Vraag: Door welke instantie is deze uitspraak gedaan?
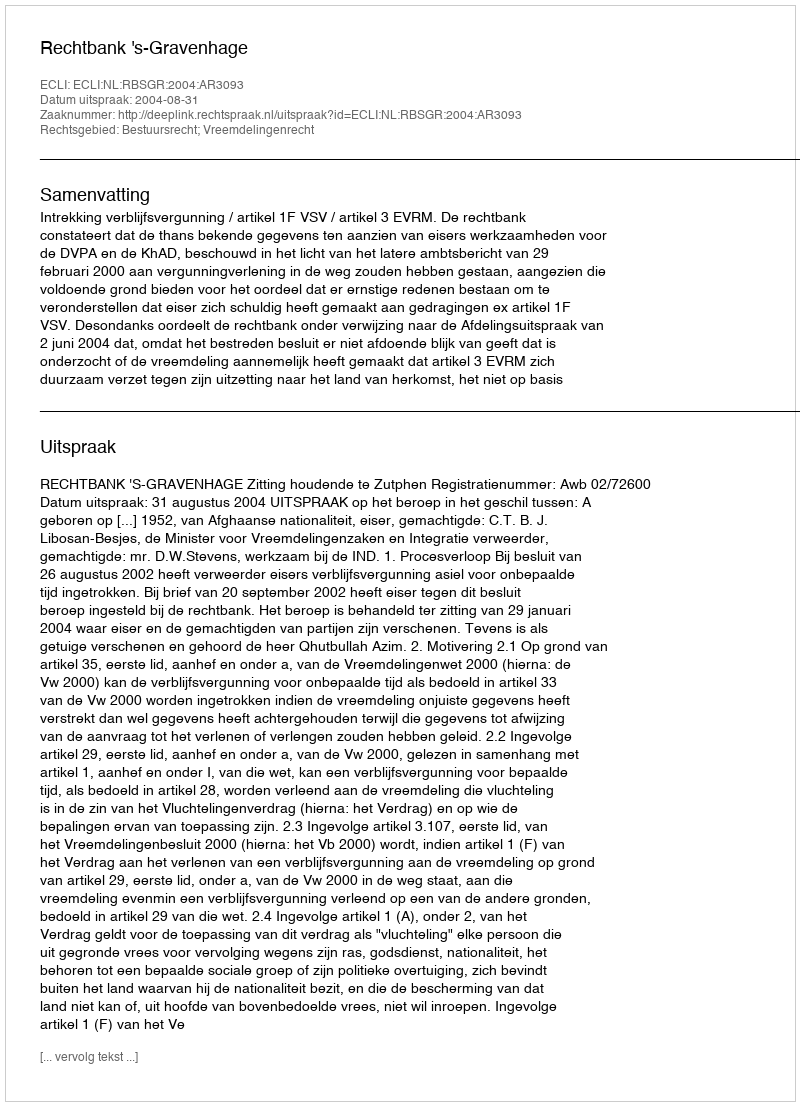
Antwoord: Rechtbank 's-Gravenhage